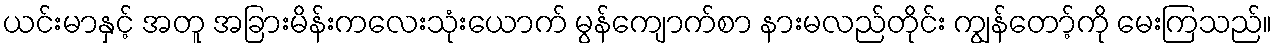
ယင်းမာနှင့် အတူ အခြားမိန်းကလေးသုံးယောက် မွန်ကျောက်စာ နားမလည်တိုင်း ကျွန်တော့်ကို မေးကြသည်။